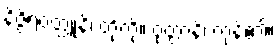
နိဇ္ဇိရဝတ္ထူနိ၊ တို့ကို။ ဝုတ္တာနိ၊ ကုန်၏။